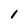
Character: 1